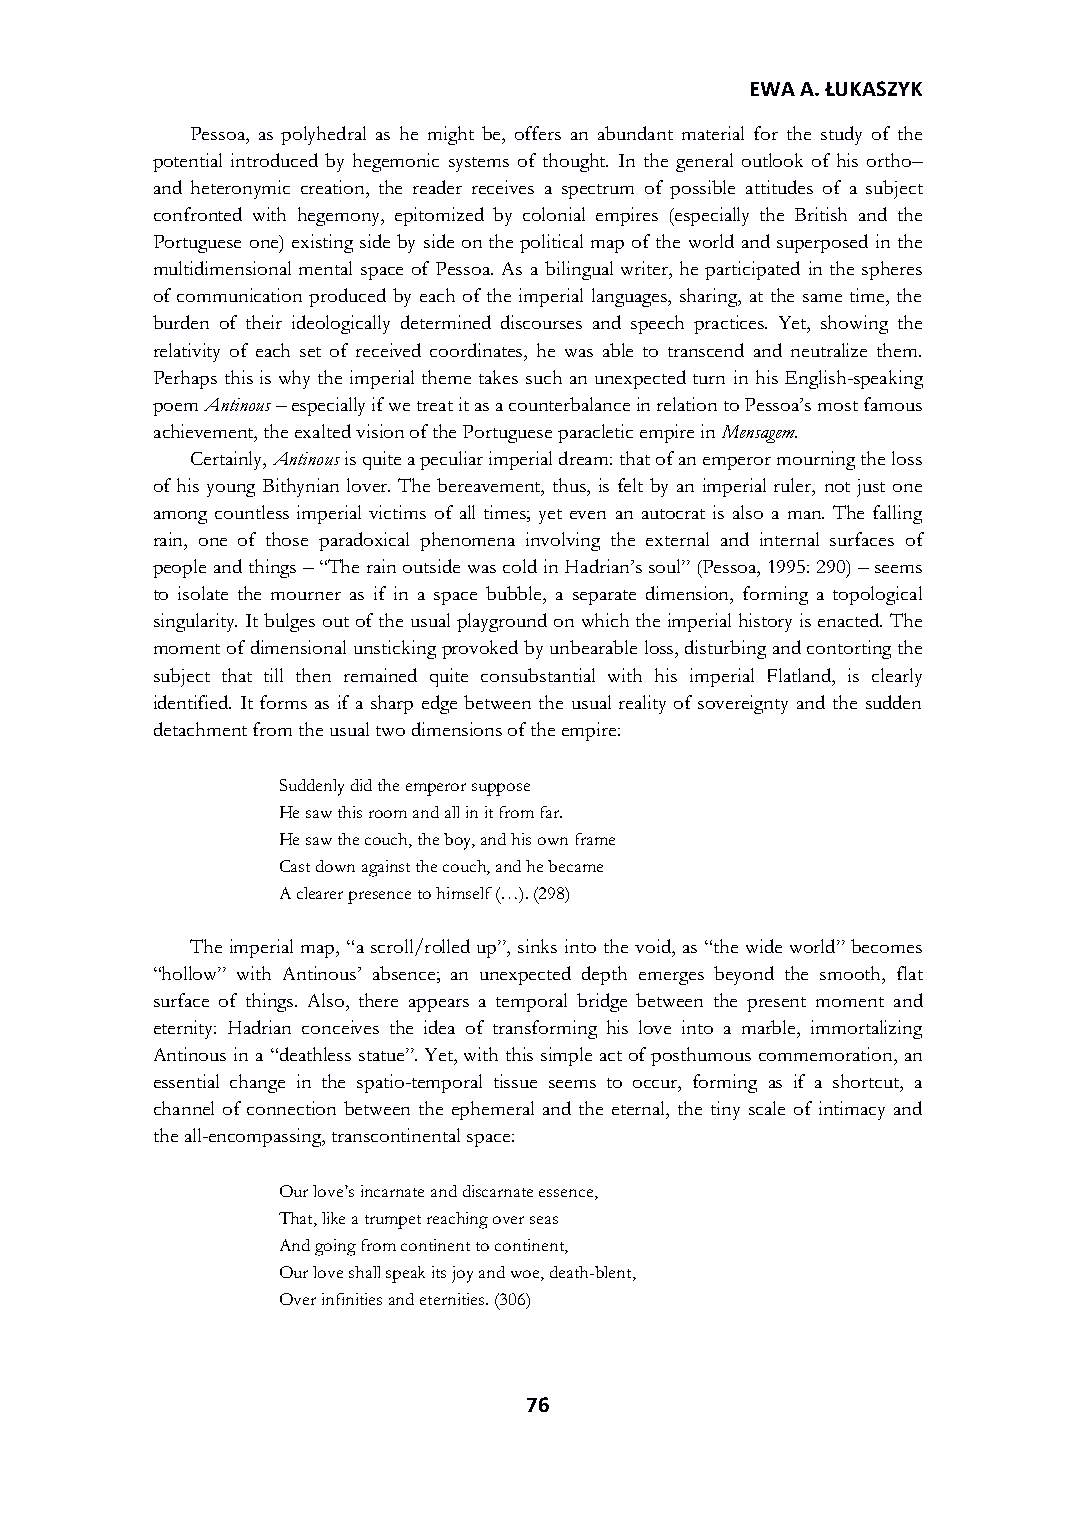
EWA A. ŁUKASZYK
 Pessoa, as polyhedral as he might be, offers an abundant material for the study of the
 potential introduced by hegemonic systems of thought. In the general outlook of his ortho–
 and heteronymic creation, the reader receives a spectrum of possible attitudes of a subject
 confronted with hegemony, epitomized by colonial empires (especially the British and the
 Portuguese one) existing side by side on the political map of the world and superposed in the
 multidimensional mental space of Pessoa. As a bilingual writer, he participated in the spheres
 of communication produced by each of the imperial languages, sharing, at the same time, the
 burden of their ideologically determined discourses and speech practices. Yet, showing the
 relativity of each set of received coordinates, he was able to transcend and neutralize them.
 Perhaps this is why the imperial theme takes such an unexpected turn in his English-speaking
 poem Antinous – especially if we treat it as a counterbalance in relation to Pessoa’s most famous
 achievement, the exalted vision of the Portuguese paracletic empire in Mensagem.
 Certainly, Antinous is quite a peculiar imperial dream: that of an emperor mourning the loss
 of his young Bithynian lover. The bereavement, thus, is felt by an imperial ruler, not just one
 among countless imperial victims of all times; yet even an autocrat is also a man. The falling
 rain, one of those paradoxical phenomena involving the external and internal surfaces of
 people and things – “The rain outside was cold in Hadrian’s soul” (Pessoa, 1995: 290) – seems
 to isolate the mourner as if in a space bubble, a separate dimension, forming a topological
 singularity. It bulges out of the usual playground on which the imperial history is enacted. The
 moment of dimensional unsticking provoked by unbearable loss, disturbing and contorting the
 subject that till then remained quite consubstantial with his imperial Flatland, is clearly
 identified. It forms as if a sharp edge between the usual reality of sovereignty and the sudden
 detachment from the usual two dimensions of the empire:
 Suddenly did the emperor suppose
 He saw this room and all in it from far.
 He saw the couch, the boy, and his own frame
 Cast down against the couch, and he became
 A clearer presence to himself (…). (298)
 The imperial map, “a scroll/rolled up”, sinks into the void, as “the wide world” becomes
 “hollow” with Antinous’ absence; an unexpected depth emerges beyond the smooth, flat
 surface of things. Also, there appears a temporal bridge between the present moment and
 eternity: Hadrian conceives the idea of transforming his love into a marble, immortalizing
 Antinous in a “deathless statue”. Yet, with this simple act of posthumous commemoration, an
 essential change in the spatio-temporal tissue seems to occur, forming as if a shortcut, a
 channel of connection between the ephemeral and the eternal, the tiny scale of intimacy and
 the all-encompassing, transcontinental space:
 Our love’s incarnate and discarnate essence,
 That, like a trumpet reaching over seas
 And going from continent to continent,
 Our love shall speak its joy and woe, death-blent,
 Over infinities and eternities. (306)
 76